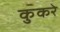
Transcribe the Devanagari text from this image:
कुकरे